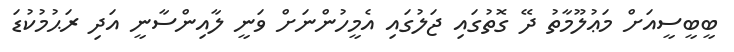
ބީބީސީއަށް މަޢުލޫމާތު ދޭ ގޮތުގައި ޖަލުގައި އެމީހުންނަށް ވަނީ ލާއިންސާނީ އަދި ރަޙުމުކުޑަ